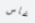
غاس